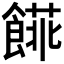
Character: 𩝨